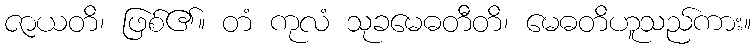
ဇာယတိ၊ ဖြစ်၏။ တံ ကုလံ သုခမေဓတီတိ၊ မေဓတိဟူသည်ကား။